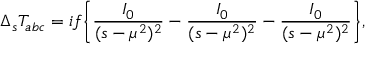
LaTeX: \Delta _ { s } T _ { a b c } = i f \bigg \{ \frac { I _ { 0 } } { ( s - \mu ^ { 2 } ) ^ { 2 } } - \frac { I _ { 0 } } { ( s - \mu ^ { 2 } ) ^ { 2 } } - \frac { I _ { 0 } } { ( s - \mu ^ { 2 } ) ^ { 2 } } \bigg \} ,